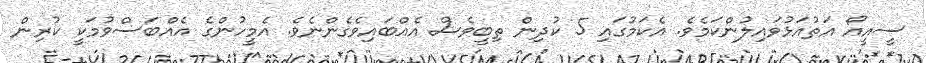
ސީއީއޯ އަތުއަޅުވައިލުންކަމެވެ. އެކަމުގައި 5 ކުދިން ތިބީވެސް އެއްބައިވެގެންނެވެ. އެމީހުންގެ އެއްބަސްވުމަކީ ކުރިން